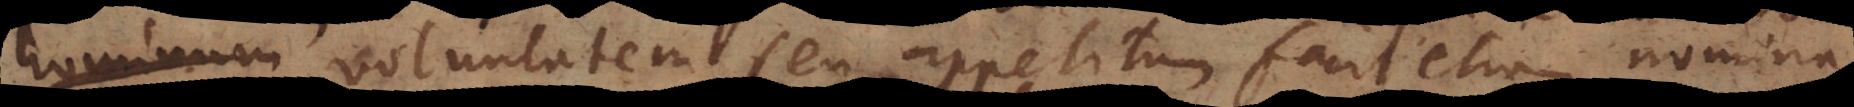
hominum voluntatem seu appetitum facit etiam nomin